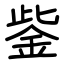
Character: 鈭